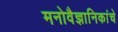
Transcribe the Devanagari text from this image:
मनोवैज्ञानिकांचे